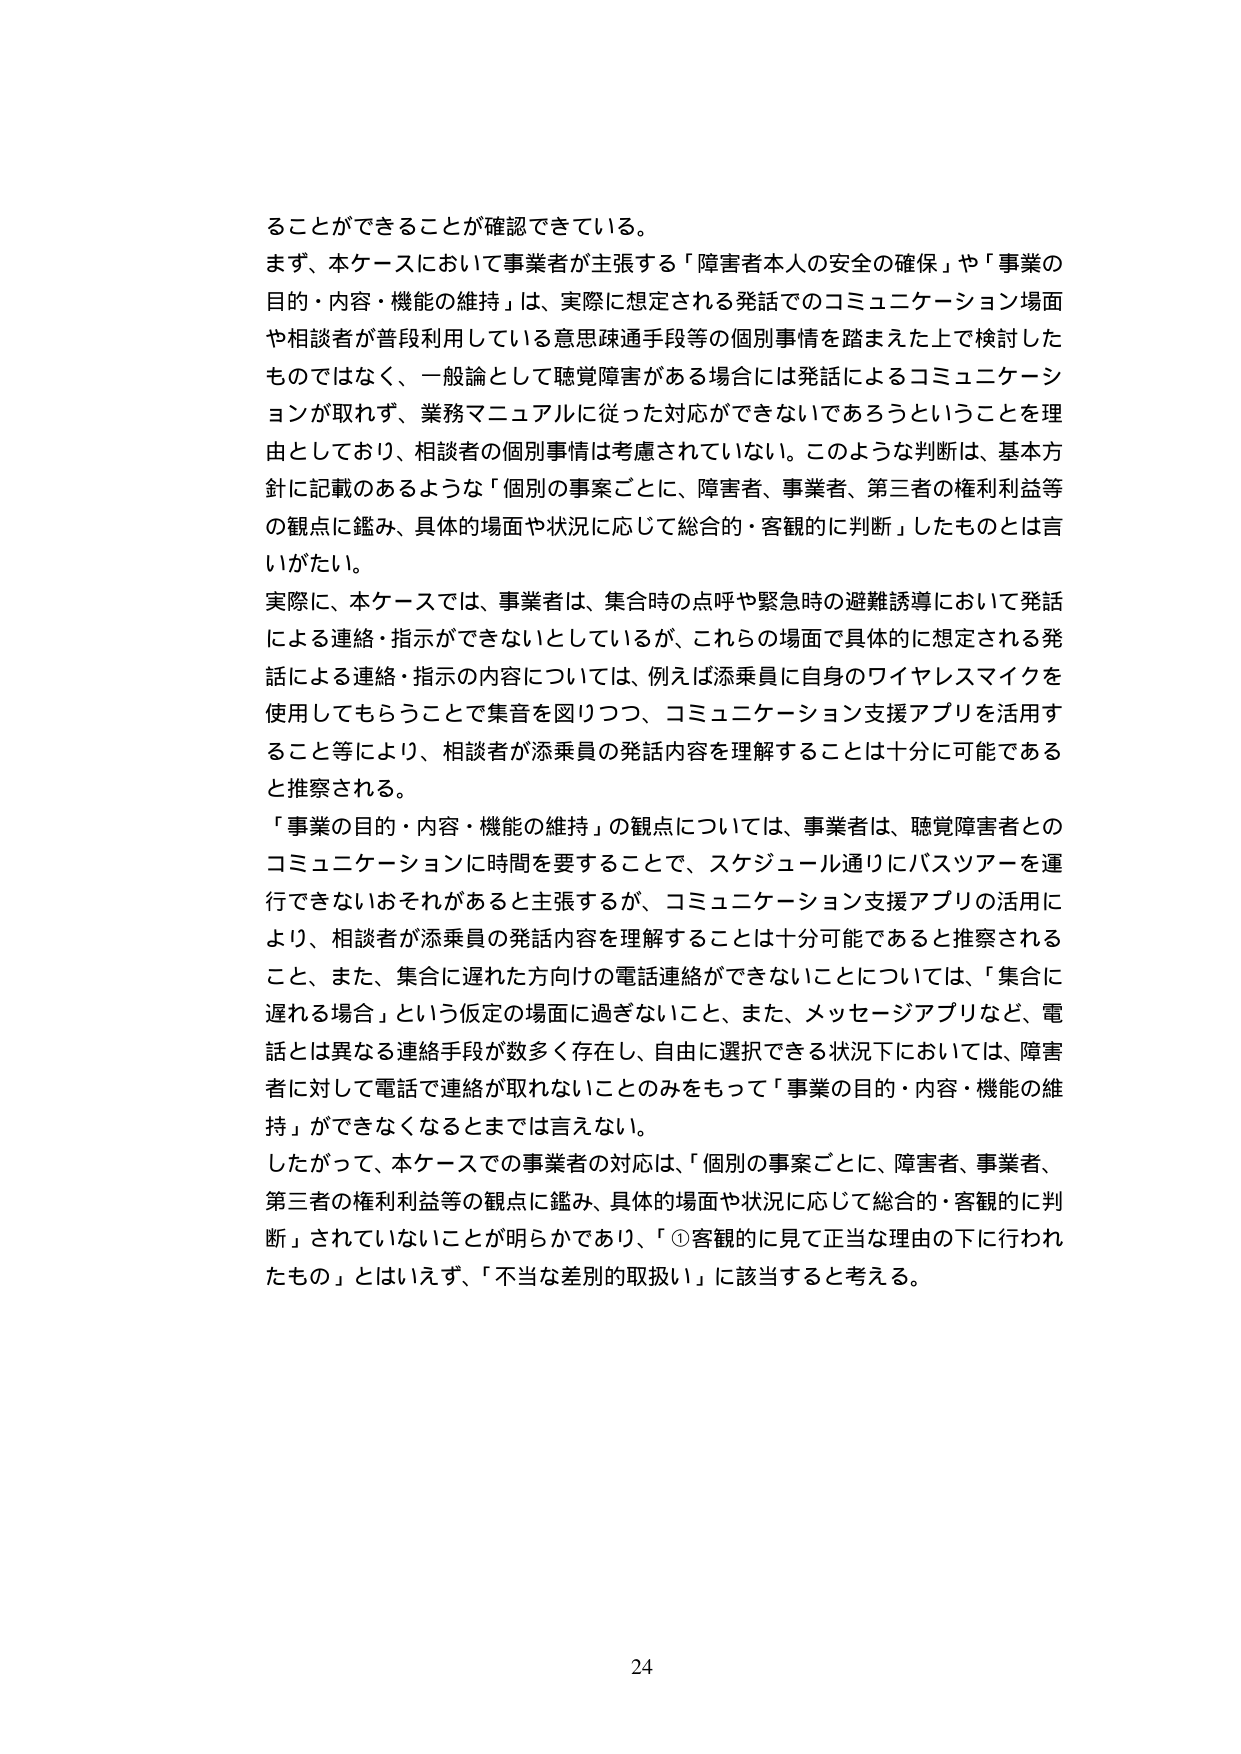
ることができるこ とが確認できている。
まず、本ケースにおいて事業者が主張する「障害者本人の安全の確保」や「事業の
目的・内容・機能の維持」は、実際に想定される発話でのコミュニケーション場面
や相談者が普段利用している意思疎通手段等の個別事情を踏まえた上で検討した
ものではなく、一般論として聴覚障害がある場合には発話によるコミュニケーシ
ョンが取れず、業務マニュアルに従った対応ができないであろうということを理
由としており、相談者の個別事情は考慮されていない。このような判断は、基本方
針に記載のあるような「個別の事案ごとに、障害者、事業者、第三者の権利利益等
の観点に鑑み、具体的場面や状況に応じて総合的・客観的に判断」したものとは言
いがたい。
実際に、本ケースでは、事業者は、集合時の点呼や緊急時の避難誘導において発話
による連絡・指示ができないとしているが、これらの場面で具体的に想定される発
話による連絡・指示の内容については、例えば添乗員に自身のワイヤレスマイクを
使用してもらうことで集音を図りつつ、コミュニケーション支援アプリを活用す
ること等により、相談者が添乗員の発話内容を理解することは十分に可能である
と推察される。
「事業の目的・内容・機能の維持」の観点については、事業者は、聴覚障害者との
コミュニケーションに時間を要することで、スケジュール通りにバスツアーを運
行できないおそれがあると主張するが、コミュニケーション支援アプリの活用に
より、相談者が添乗員の発話内容を理解することは十分可能であると推察される
こと、また、集合に遅れた方向けの電話連絡ができないことについては、「集合に
遅れる場合」という仮定の場面に過ぎないこと、また、メッセージアプリなど、電
話とは異なる連絡手段が数多く存在し、自由に選択できる状況下においては、障害
者に対して電話で連絡が取れないことのみをもって「事業の目的・内容・機能の維
持」ができなくなるとまでは言えない。
したがって、本ケースでの事業者の対応は、「個別の事案ごとに、障害者、事業者、
第三者の権利利益等の観点に鑑み、具体的場面や状況に応じて総合的・客観的に判
断」されていないことが明らかであり、「①客観的に見て正当な理由の下に行われ
たもの」とはいえず、「不当な差別的取扱い」に該当すると考える。

24